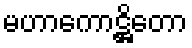
မဟာကောဋ္ဌိတော